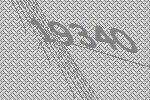
19340